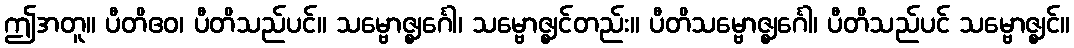
ဤအတူ။ ပီတိဧဝ၊ ပီတိသည်ပင်။ သမ္ဗောဇ္ဈင်္ဂေါ၊ သမ္ဗောဇ္ဈင်တည်း။ ပီတိသမ္ဗောဇ္ဈင်္ဂေါ၊ ပီတိသည်ပင် သမ္ဗောဇ္ဈင်။